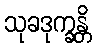
သုခဒုက္ခန္တိ